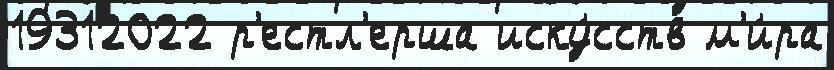
19312022 р'естл'ерша иску́сств м'и́ра